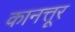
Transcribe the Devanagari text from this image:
कानत्तूर